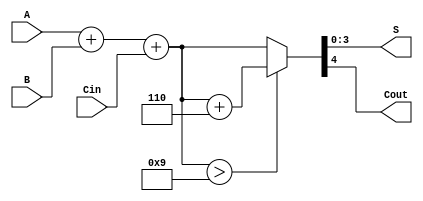
module bcd_adder (
    input  [3:0] A,      // First BCD digit
    input  [3:0] B,      // Second BCD digit
    input        Cin,     // Carry-in
    output [3:0] S,      // BCD Sum
    output       Cout     // Carry-out
);

    // Internal signals
    wire [4:0] sum;       // 5-bit sum to accommodate carry
    wire correction;       // Flag for correction
    wire [4:0] corrected_sum; // Corrected sum after BCD adjustment

    // Step 1: Binary Addition
    assign sum = A + B + Cin;

    // Step 2: Determine if correction is needed
    assign correction = sum > 5'b01001; // Check if sum > 9

    // Step 3: Generate corrected sum
    assign corrected_sum = correction ? sum + 5'b00110 : sum;

    // Step 4: Assign outputs
    assign S = corrected_sum[3:0];     // Lower 4 bits are the BCD sum
    assign Cout = corrected_sum[4];     // Carry-out from the correction

endmodule